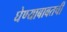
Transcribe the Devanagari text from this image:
घेण्याबाबतची